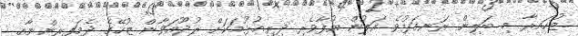
ޒުހައިރާ މި ބަލިން ރަނގަޅުވެ އަލުން އުފާވެރި ދިރިއުޅުމަކަށް ރުޖޫއަވާން ޒުހޭގެ ދެމަފިރިންނާއި